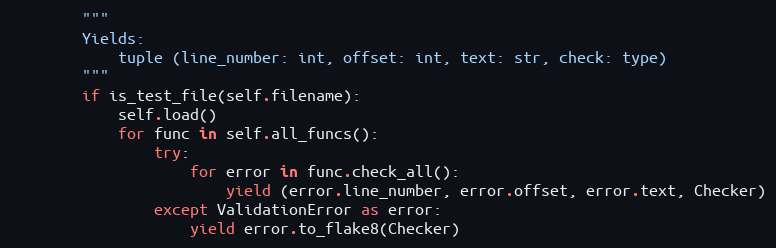
Language: Python
        """
        Yields:
            tuple (line_number: int, offset: int, text: str, check: type)
        """
        if is_test_file(self.filename):
            self.load()
            for func in self.all_funcs():
                try:
                    for error in func.check_all():
                        yield (error.line_number, error.offset, error.text, Checker)
                except ValidationError as error:
                    yield error.to_flake8(Checker)